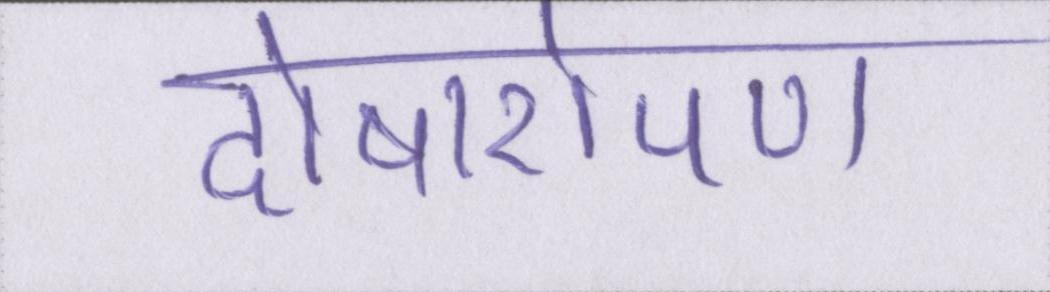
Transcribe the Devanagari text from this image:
दोषारोपण